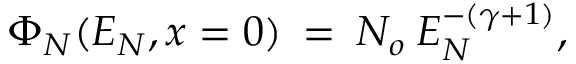
\Phi _ { N } ( E _ { N } , x = 0 ) \: = \: N _ { o } \: E _ { N } ^ { - ( \gamma + 1 ) } ,